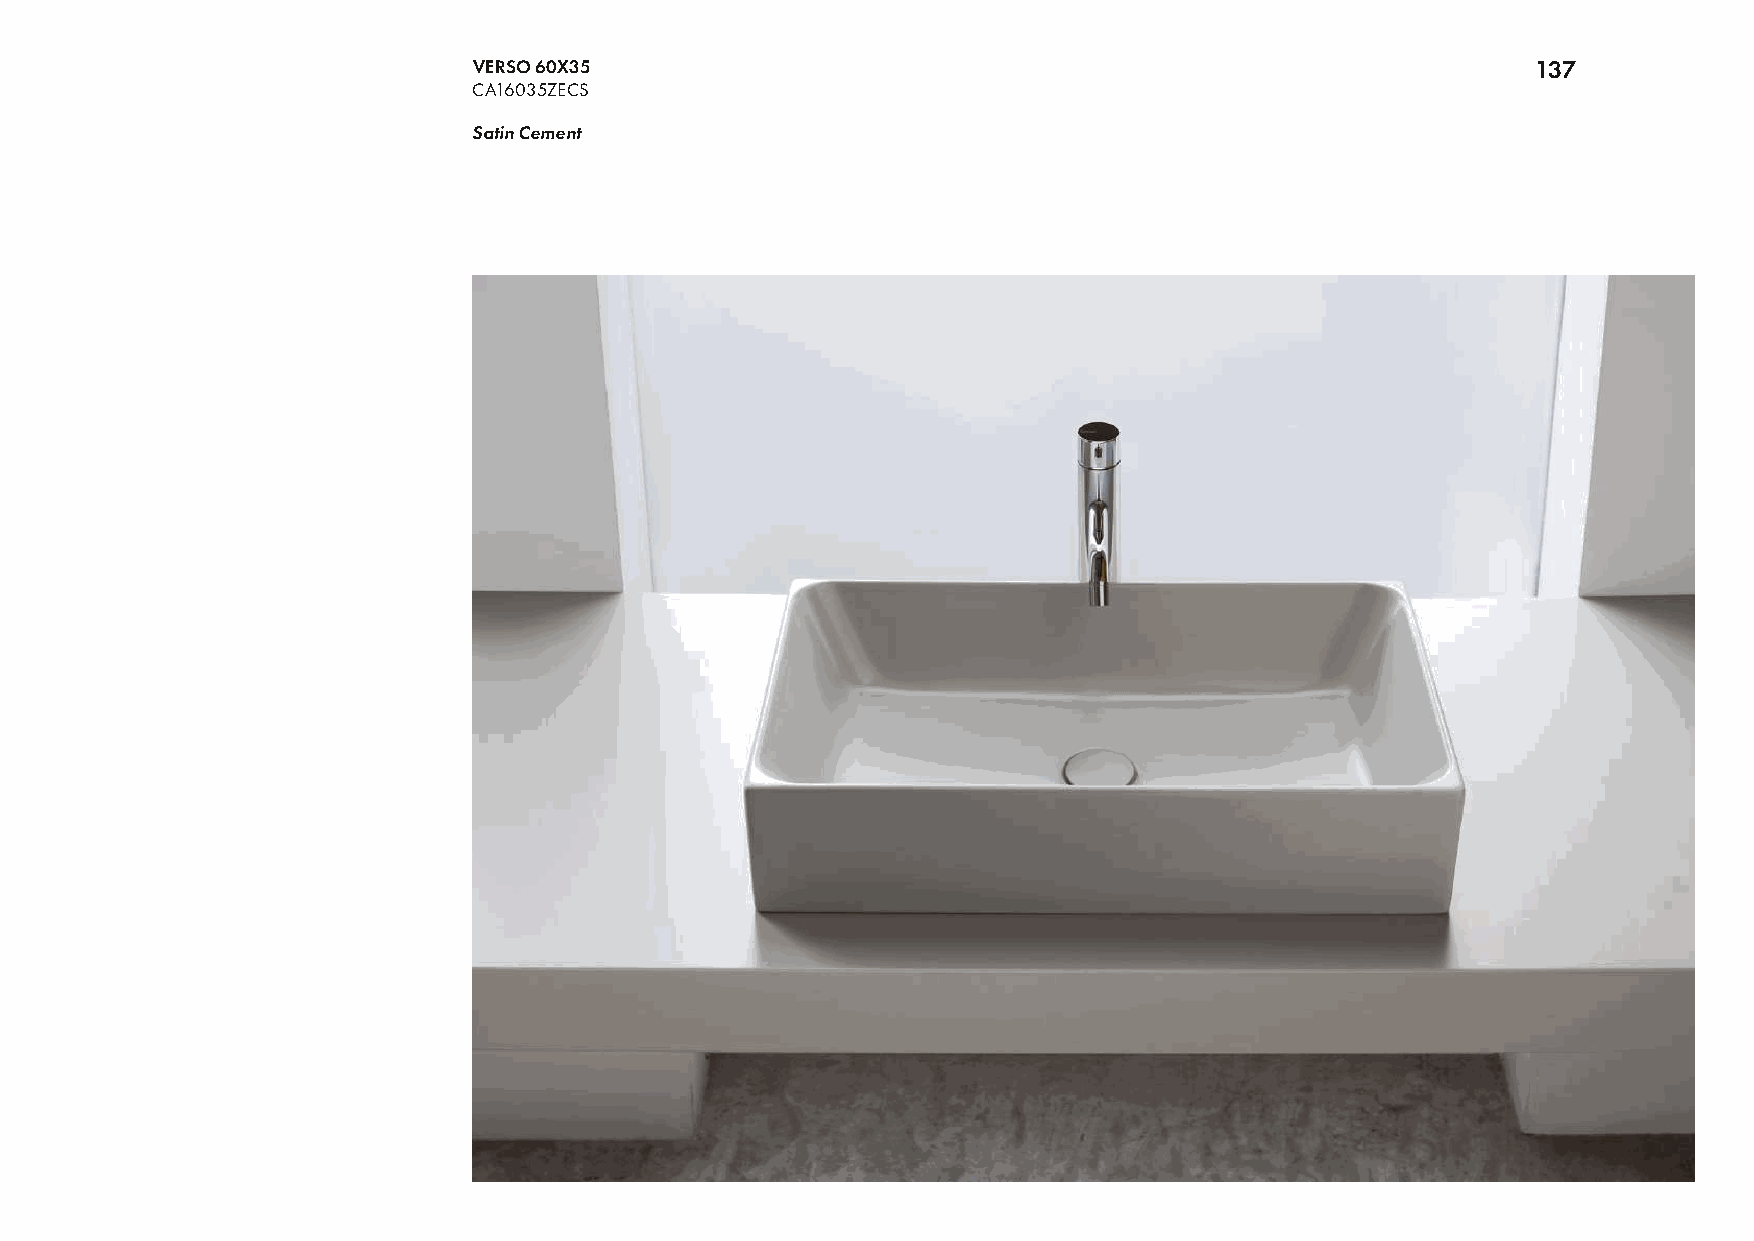
VERSO 60X35                                                            137
 CA16035ZECS
 Satin Cement